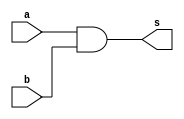
//Verilogmoduleendmodule
//module
//
module and_gate(a, b, s);

	input a;				//a
	input b;				//b
	
	output s;			//s
	
	//:
	assign s = a & b;

endmodule